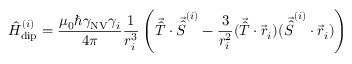
\hat { H } _ { \mathrm { d i p } } ^ { ( i ) } = \frac { \mu _ { 0 } \hbar \gamma _ { \mathrm { N V } } \gamma _ { i } } { 4 \pi } \frac { 1 } { r _ { i } ^ { 3 } } \left( \vec { \hat { T } } \cdot \vec { \hat { S } } ^ { ( i ) } - \frac { 3 } { r _ { i } ^ { 2 } } ( \vec { \hat { T } } \cdot \vec { r } _ { i } ) ( \vec { \hat { S } } ^ { ( i ) } \cdot \vec { r } _ { i } ) \right)